Report on sanitation, dispensaries, and jails in Rajputana for 1912, and on vaccination for the year 1912-1913 - 1912-1913
Year: 1912
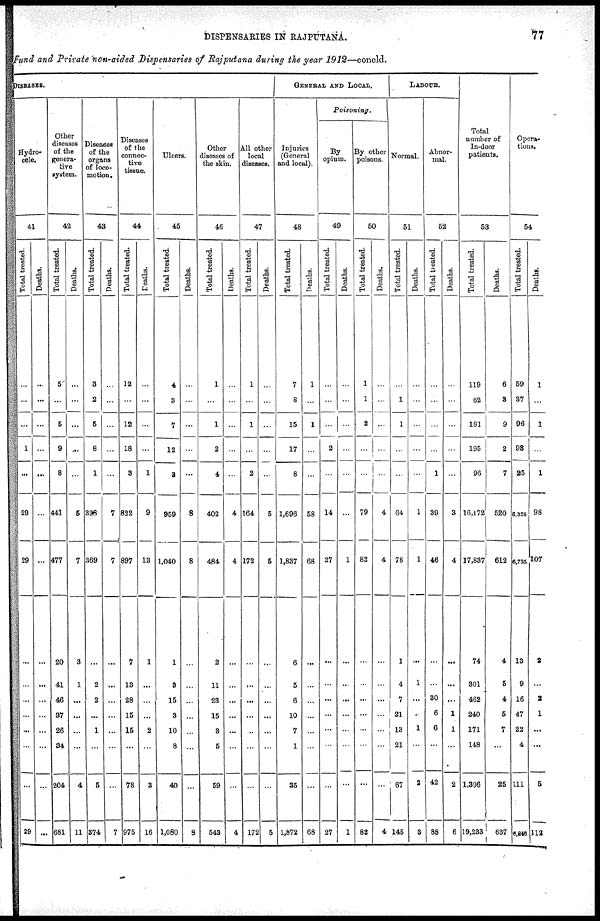
DISPENSARIES IN RAJPUTANA.
77
Fund and Private non-aided Dispensaries of Rajputana during the year 1912—concld.
DISEASES.
Hydro-
cele.
41
Total treated.
...
...
...
1
...
29
29
...
...
...
...
...
...
...
29
Deaths.
...
...
...
...
...
...
...
...
...
...
...
...
...
...
...
Other
diseases
of the
genera-
tive
system.
42
Total treated.
5
...
5
9
8
441
477
20
41
46
37
26
34
204
681
Deaths.
...
...
...
...
...
5
7
3
1
...
...
...
...
4
11
Diseases
of the
organs
of loco-
motion.
43
Total treated.
3
2
5
8
1
326
369
...
2
2
...
1
...
5
374
Deaths.
...
...
...
...
...
7
7
...
...
...
...
...
...
...
7
Diseases
of the
connec-
tive
tissue.
44
Total treated.
12
...
12
18
3
822
897
7
13
28
15
15
...
78
975
Deaths.
...
...
...
...
1
9
13
1
...
...
...
2
...
3
16
Ulcers.
45
Total treated.
4
3
7
12
3
959
1,040
1
3
15
3
10
8
40
1,080
Deaths.
...
...
...
...
...
8
8
...
...
...
...
...
...
...
8
Other
diseases of
the skin.
46
Total treated.
1
...
1
2
4
402
484
2
11
23
15
3
5
59
543
Deaths.
...
...
...
...
...
4
4
...
...
...
...
...
...
...
4
All other
local
diseases.
47
Total treated.
1
...
1
...
2
164
172
...
...
...
...
...
...
...
172
Deaths.
...
...
...
...
...
5
5
...
...
...
...
...
...
...
5
GENERAL AND LOCAL.
Injuries
(General
and local).
48
Total treated.
7
8
15
17
8
1,696
1,837
6
5
6
10
7
1
35
1,872
Deaths.
1
...
1
...
...
58
68
...
...
...
...
...
...
...
68
Poisoning.
By
opium.
49
Total treated.
...
...
...
2
...
14
27
...
...
...
...
...
...
...
27
Deaths.
...
...
...
...
...
...
1
...
...
...
...
...
...
...
1
By other
poisons.
50
Total treated.
1
1
2
...
...
79
82
...
...
...
...
...
...
...
82
Deaths.
...
...
...
...
...
4
4
...
...
...
...
...
...
...
4
LABOUR.
Normal.
51
Total treated.
...
1
1
...
...
64
78
1
4
7
21
13
21
67
145
Deaths.
...
...
...
...
...
1
1
...
1
...
...
1
...
2
3
Abnor-
mal.
52
Total treated.
...
...
...
...
1
39
46
...
...
30
6
6
...
42
88
Deaths.
...
...
...
...
...
3
4
...
...
...
1
1
...
2
6
Total
number of
In-door
patients.
53
Total treated.
119
62
181
195
96
16,172
17,837
74
301
462
240
171
148
1,396
19,233
Deaths.
6
3
9
2
7
520
612
4
5
4
5
7
...
25
637
Opera-
tions.
54
Total treated.
59
37
96
98
25
6,328
6,735
13
9
16
47
22
4
111
6,848
Deaths.
1
...
1
...
1
98
107
2
...
2
1
...
...
5
112